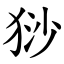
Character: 猀